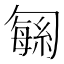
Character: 𫧅